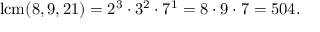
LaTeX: \operatorname { l c m } ( 8 , 9 , 2 1 ) = 2 ^ { 3 } \cdot 3 ^ { 2 } \cdot 7 ^ { 1 } = 8 \cdot 9 \cdot 7 = 5 0 4 .